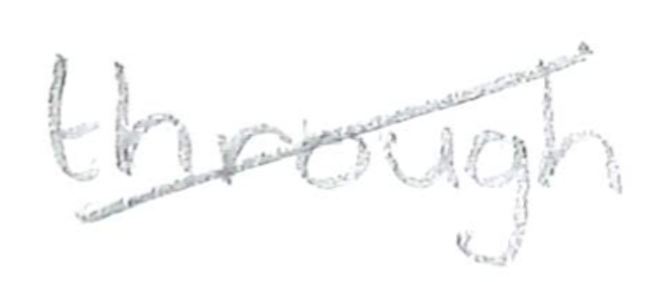
Text: through
Cross-out: diagonal
Writing tool: pencil